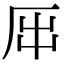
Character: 𠩀